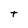
Character: t